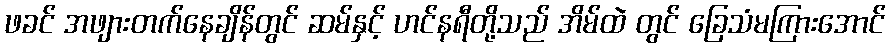
ဖခင် အဖျားတက်နေချိန်တွင် ဆမ်နှင့် ဟင်နရီတို့သည် အိမ်ထဲ တွင် ခြေသံမကြားအောင်